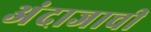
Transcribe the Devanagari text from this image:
अंदाजाची